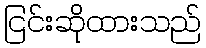
ငြင်းဆိုထားသည်